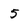
Character: 5